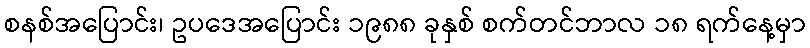
စနစ်အပြောင်း၊ ဥပဒေအပြောင်း ၁၉၈၈ ခုနှစ် စက်တင်ဘာလ ၁၈ ရက်နေ့မှာ